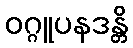
ဝဂ္ဂူပနဒန္တိ